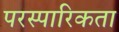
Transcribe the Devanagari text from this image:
परस्पारिकता